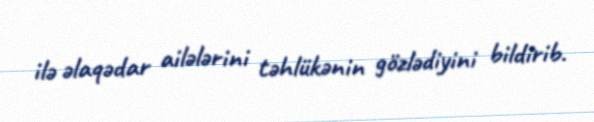
ilə əlaqədar ailələrini təhlükənin gözlədiyini bildirib.